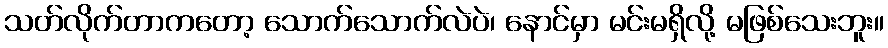
သတ်လိုက်တာကတော့ သောက်သောက်လဲပဲ၊ နောင်မှာ မင်းမရှိလို့ မဖြစ်သေးဘူး။